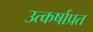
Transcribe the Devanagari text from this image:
उत्कर्षाप्रत